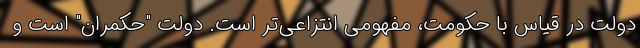
دولت در قیاس با حکومت، مفهومی انتزاعی‌تر است. دولت "حکمران" است و